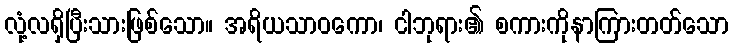
လုံ့လရှိပြီးသားဖြစ်သော။ အရိယသာဝကော၊ ငါဘုရား၏ စကားကိုနာကြားတတ်သော